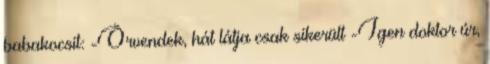
babakocsit: -Örvendek, hát látja csak sikerült -Igen doktor úr,